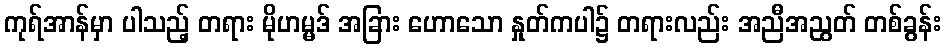
ကုရ်အာန်မှာ ပါသည့် တရား မိုဟမ္မဒ် အခြား ဟောသော နှုတ်ကပါ၌ တရားလည်း အညီအညွတ် တစ်ခွန်း